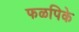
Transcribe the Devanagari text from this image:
फळपिके